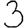
Digit: 3